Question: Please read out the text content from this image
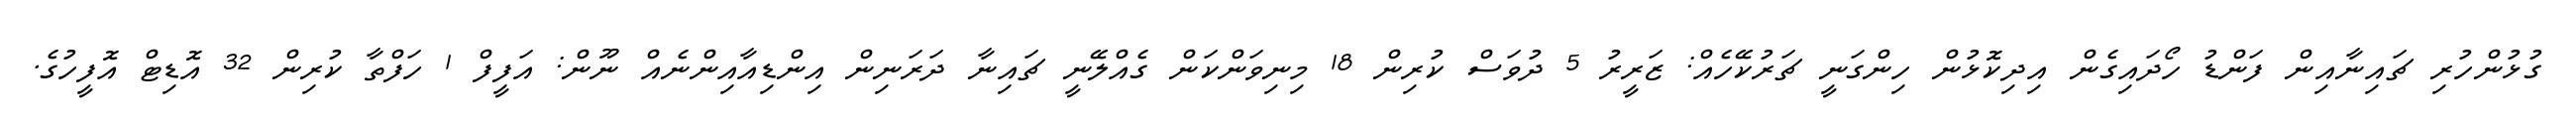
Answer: ގުޅުންހުރި ޗައިނާއިން ފަންޑު ހޯދައިގެން އިދިކޮޅުން ހިންގަނީ ޗަރުކޭހެއް: ޒަރީރު 5 ދުވަސް ކުރިން 18 މިނިވަންކަން ގެއްލޭނީ ޗައިނާ ދަރަނިން އިންޑިއާއިންނެއް ނޫން: އަފީފް 1 ހަފްތާ ކުރިން 32 އޮޑިޓް އޮފީހުގެ.